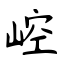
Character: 崆